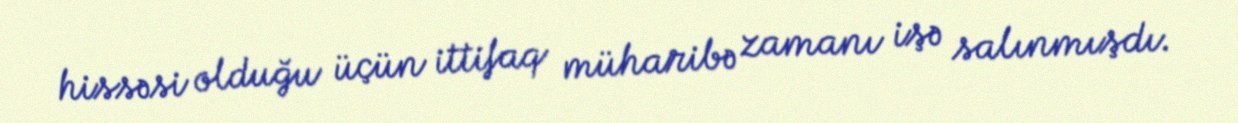
hissəsi olduğu üçün ittifaq müharibə zamanı işə salınmışdı.